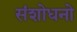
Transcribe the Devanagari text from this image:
संशोधनो